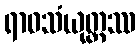
ရာဓသံယုတ္တဿ